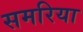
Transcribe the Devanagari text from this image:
समरिया